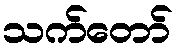
သက်တော်